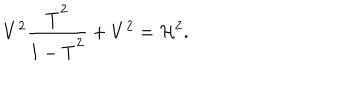
LaTeX: V ^ { 2 } { \frac { \dot { T } ^ { 2 } } { 1 - \dot { T } ^ { 2 } } } + V ^ { 2 } = { \cal H } ^ { 2 } .